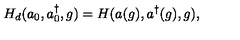
H _ { d } ( a _ { 0 } , a _ { 0 } ^ { \dag } , g ) = H ( a ( g ) , a ^ { \dag } ( g ) , g ) ,